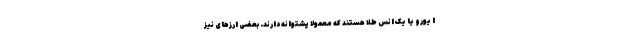
ا یورو یا یک انس طلا هستند که معمولا پشتوانه دارند. بعضی ارزهای نیز